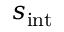
s _ { \mathrm { i n t } }